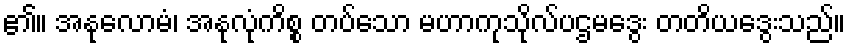
၏။ အနုလောမံ၊ အနုလုံကိစ္စ တပ်သော မဟာကုသိုလ်ပဌမဒွေး တတိယဒွေးသည်။